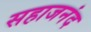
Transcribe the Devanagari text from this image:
सहाजनंद